Mental hospitals Bombay report 1929-33 - 1929-1933
Year: 1929
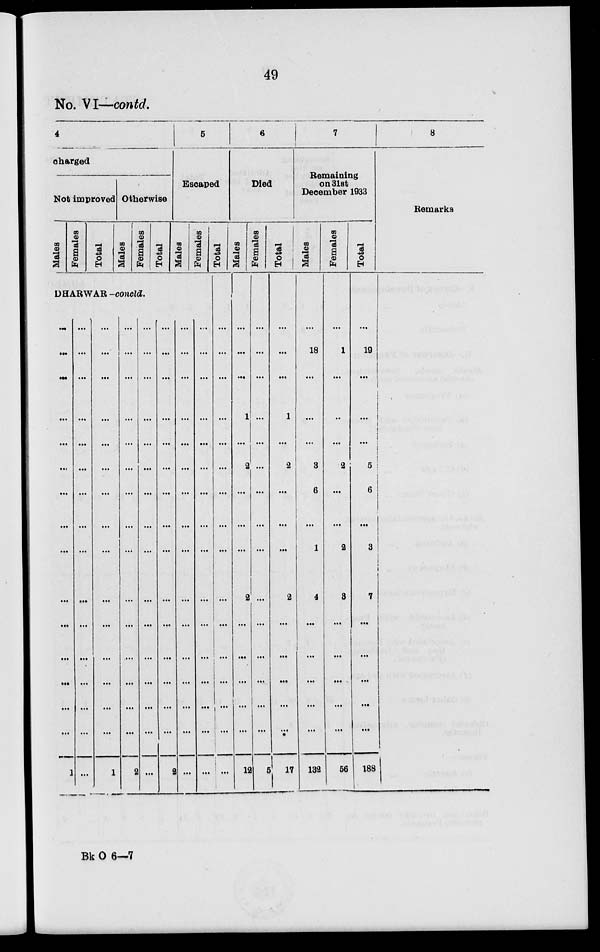
49
No. VI—contd.
4
charged
Not improved
Males
Females
Total
Otherwise
Males
Females
Total
5
Escaped
Males
Females
DHARWAR -concld.
...
...
...
...
...
...
...
...
...
...
...
...
...
...
...
1
...
...
...
...
...
...
...
...
...
...
...
...
...
...
...
...
...
...
...
...
...
...
...
...
...
...
...
...
...
...
...
1
...
...
...
...
...
...
...
...
...
...
...
...
...
...
...
2
...
...
...
...
...
...
...
...
...
...
...
...
...
...
...
...
...
...
...
...
...
...
...
...
...
...
...
...
...
...
...
2
...
...
...
...
...
...
...
...
...
...
...
...
...
...
...
...
...
...
...
...
...
...
...
...
...
...
...
...
...
...
...
...
Total
...
...
...
...
...
...
...
...
...
...
...
...
...
...
...
...
6
Died
Males
...
...
...
1
...
2
...
...
...
2
...
...
...
...
...
12
Females
...
...
...
...
...
...
...
...
...
...
...
...
...
...
...
5
Total
...
...
...
1
...
2
...
...
...
2
...
...
...
...
...
17
7
Remaining
on 31st
December 1933
Males
...
18
...
...
...
3
6
...
1
4
...
...
...
...
...
132
Females
...
1
...
...
...
2
...
...
2
3
...
...
...
...
...
56
Total
...
19
...
...
...
5
6
...
3
7
...
...
...
...
...
188
8
Remarks
Bk O 6—7